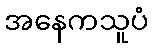
အနေကသူပံ